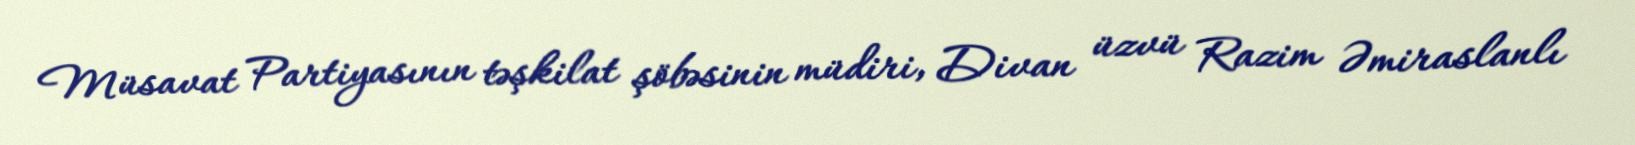
Müsavat Partiyasının təşkilat şöbəsinin müdiri, Divan üzvü Razim Əmiraslanlı